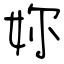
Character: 妳